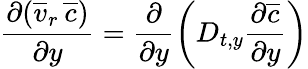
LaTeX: \frac{\partial(\overline{{v}}_{r}\, \overline{{c}})}{\partial y}=\frac{\partial}{\partial y}\left(D_{t,y}\frac{\partial\overline{{c}}}{\partial y}\right)